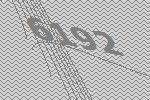
6192